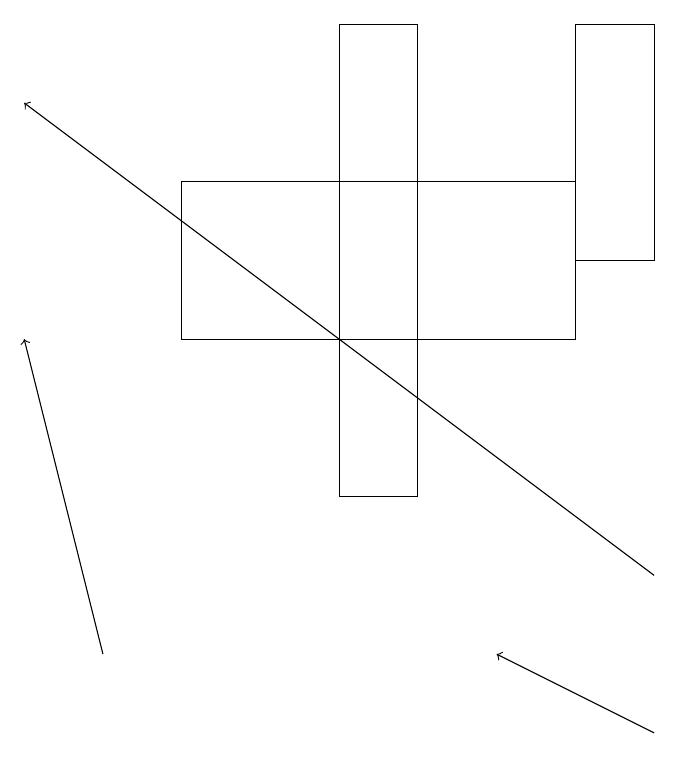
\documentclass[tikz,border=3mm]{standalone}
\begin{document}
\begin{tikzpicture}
\draw (3,17) rectangle (8,15);
\draw (9,16) rectangle (8,19);
\draw[->] (9,10) -- (7,11);
\draw (6,13) rectangle (5,19);
\draw[->] (9,12) -- (1,18);
\draw[->] (2,11) -- (1,15);
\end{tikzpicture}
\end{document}